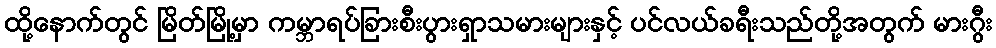
ထို့နောက်တွင် မြိတ်မြို့မှာ ကမ္ဘာရပ်ခြားစီးပွားရှာသမားများနှင့် ပင်လယ်ခရီးသည်တို့အတွက် မားဂွီး